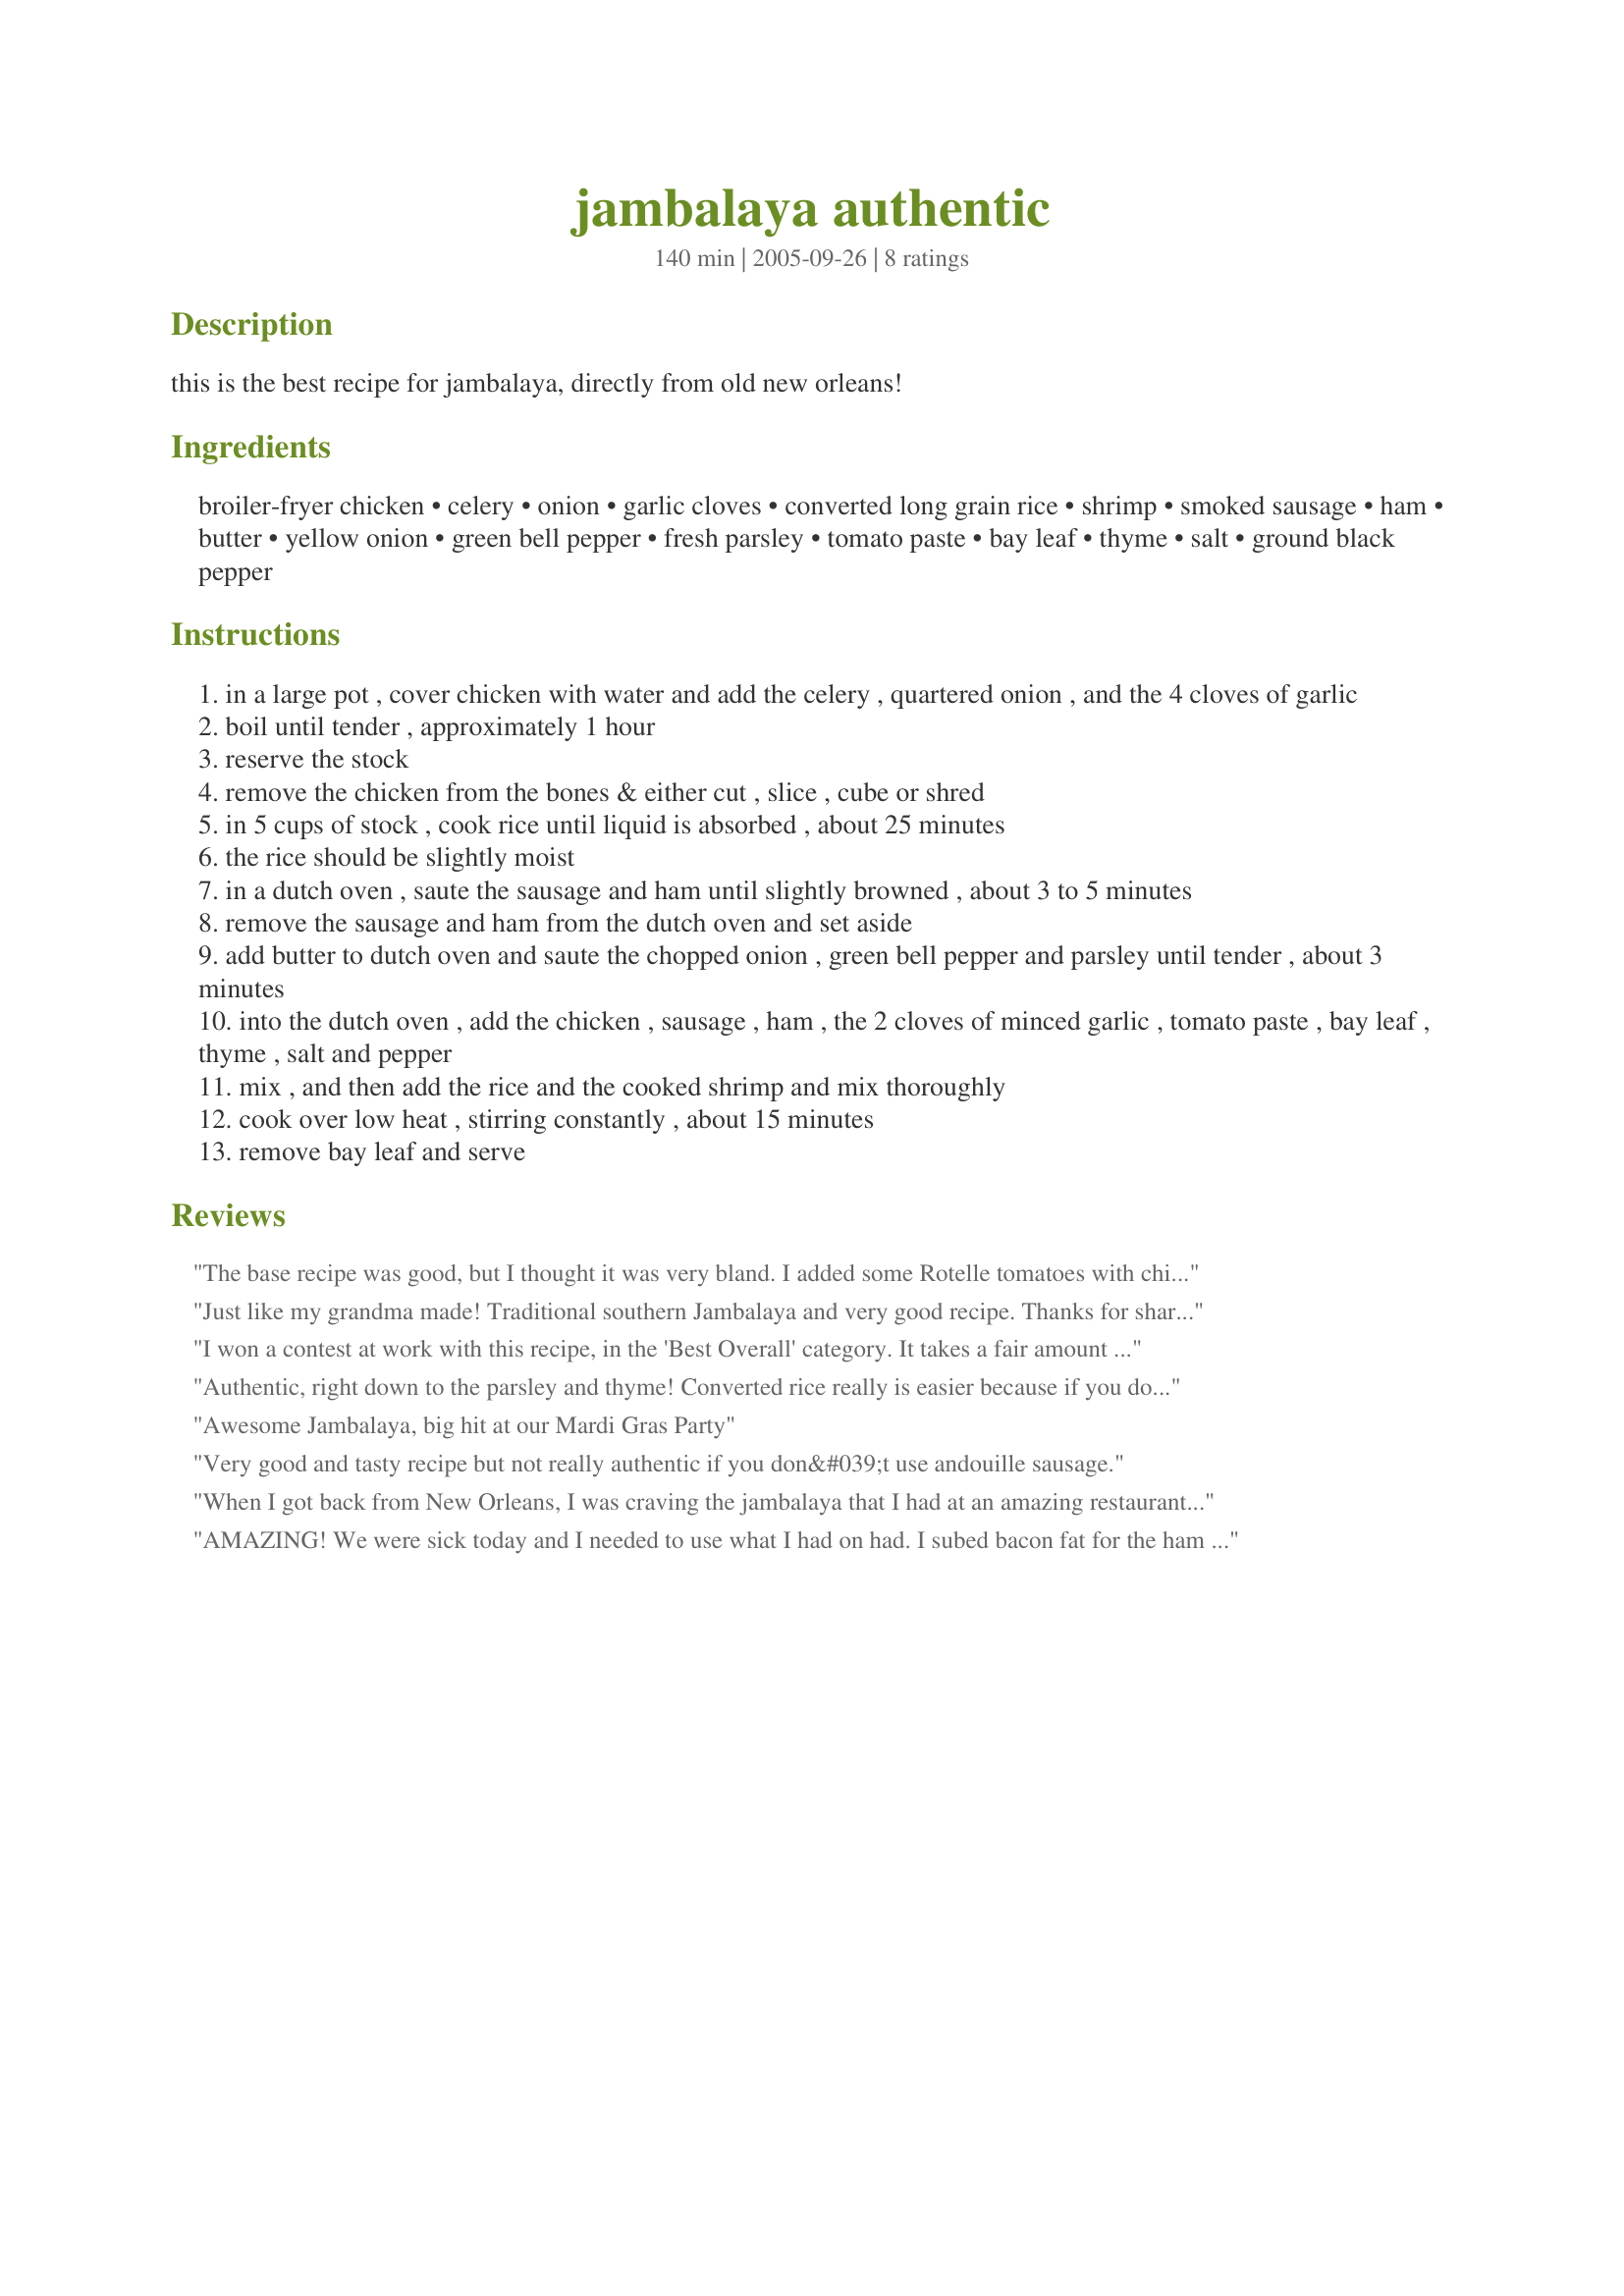
jambalaya authentic
Preparation time: 140 minutes

this is the best recipe for jambalaya, directly from old new orleans!

Ingredients:
broiler-fryer chicken, celery, onion, garlic cloves, converted long grain rice, shrimp, smoked sausage, ham, butter, yellow onion, green bell pepper, fresh parsley, tomato paste, bay leaf, thyme, salt, ground black pepper

Steps:
in a large pot , cover chicken with water and add the celery , quartered onion , and the 4 cloves of garlic
boil until tender , approximately 1 hour
reserve the stock
remove the chicken from the bones & either cut , slice , cube or shred
in 5 cups of stock , cook rice until liquid is absorbed , about 25 minutes
the rice should be slightly moist
in a dutch oven , saute the sausage and ham until slightly browned , about 3 to 5 minutes
remove the sausage and ham from the dutch oven and set aside
add butter to dutch oven and saute the chopped onion , green bell pepper and parsley until tender , about 3 minutes
into the dutch oven , add the chicken , sausage , ham , the 2 cloves of minced garlic , tomato paste , bay leaf , thyme , salt and pepper
mix , and then add the rice and the cooked shrimp and mix thoroughly
cook over low heat , stirring constantly , about 15 minutes
remove bay leaf and serve

Reviews:
The base recipe was good, but I thought it was very bland. I added some Rotelle tomatoes with chiles, and lots of Creole seasoning to liven it up. Then it was wonderful!
Just like my grandma made! Traditional southern Jambalaya and very good recipe.

Thanks for sharing!
I won a contest at work with this recipe, in the 'Best Overall' category. It takes a fair amount of prep time, but it is worth it - especially the chicken stock! My notes: add a can of diced tomatoes, save chicken stock to thin the 'sauce' and only combine with rice right before serving, or serve over rice. I will definitely be making this recipe again and again. *Note: It makes a LOT of jambalaya, so invite your family & friends over for the fun!
Authentic, right down to the parsley and thyme! Converted rice really is easier because if you don't handle long grain rice correctly, you end up with a gloppy mess. Thanks for a perfect recipe every time!
Awesome Jambalaya, big hit at our Mardi Gras Party
Very good and tasty recipe but not really authentic if you don&#039;t use andouille sausage.
When I got back from New Orleans, I was craving the jambalaya that I had at an amazing restaurant. THIS IS IT!!! Authenic, delicious, perfect.&lt;br/&gt;THANK YOU for sharing!!!
AMAZING! We were sick today and I needed to use what I had on had. I subed bacon fat for the ham and used chicken thighs instead of the ham. I had boxed chicken stock so I added the ingredients for cooking the chicken in the rice instead plus a small bay leaf. I used regular long grain not converted, my husband is from India and prefers basmati.<br/><br/>I added Tony's creole salt and my own Cajun seasoning at the end, and on each serving. For me, that made the dish. I was using local Slovenian sausage so I didn't get any of the seasoning for andouille. I can't wait to make this with andouille sausage!
